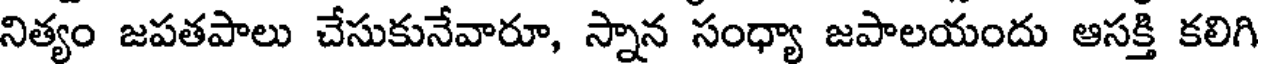
నిత్యం జపతపాలు చేసుకునేవారూ, స్నాన సంధ్యా జపాలయందు ఆసక్తి కలిగి